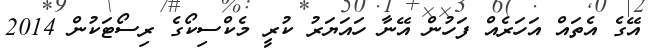
އޭގެ އެތައް އަހަރެއް ފަހުން އޭނާ ހައަޔަރު ކުރީ މެކްސިކޯގެ ރިސޯޓަކުން 2014